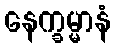
နေက္ခမ္မာနံ